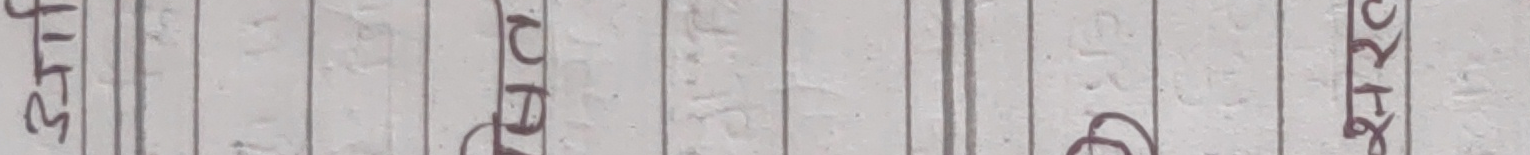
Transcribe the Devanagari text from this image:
३१ असोज।